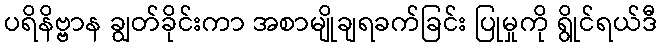
ပရိနိဗ္ဗာန ချွတ်ခိုင်းကာ အစာမျိုချရခက်ခြင်း ပြုမှုကို ရွိုင်ရယ်ဒီ